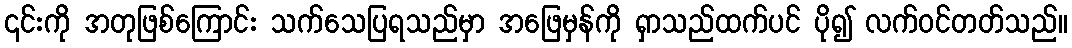
၎င်းကို အတုဖြစ်ကြောင်း သက်သေပြရသည်မှာ အဖြေမှန်ကို ရှာသည်ထက်ပင် ပို၍ လက်ဝင်တတ်သည်။